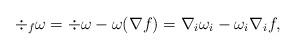
LaTeX: \begin{align*} \div_f \omega = \div\omega -\omega (\nabla f)=\nabla_i\omega_i-\omega_i\nabla_if,\end{align*}